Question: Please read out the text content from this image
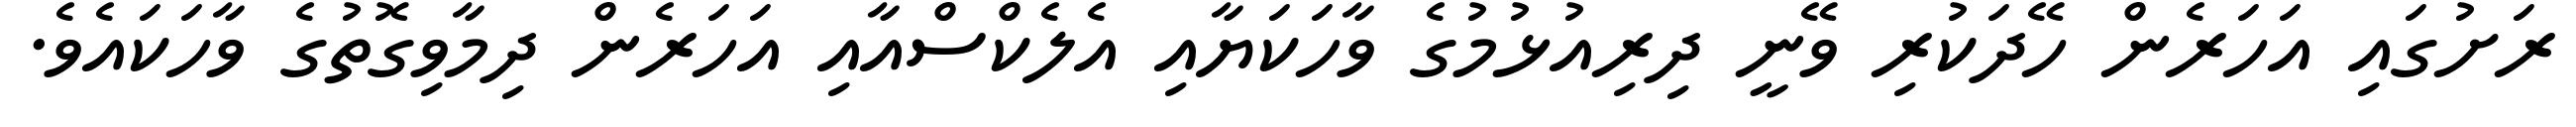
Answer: ރަށުގައި އަހަރެން ހޭދަކުރި ވޭނީ ދިރިއުޅުމުގެ ވާހަކަޔާއި އެލެކްސްއާއި އަހަރެން ދިމާވިގޮތުގެ ވާހަކައެވެ.